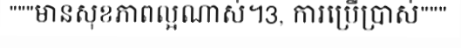
"""មានសុខភាពល្អណាស់។3, ការប្រើប្រាស់"""